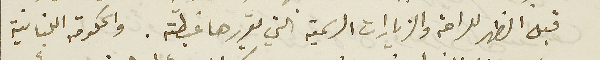
قبل الظهر للراحة والزيارات الرسمية التي يقررها غبطته. والحكومة اللبنانية